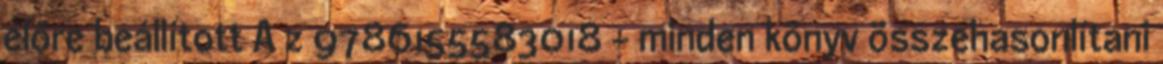
előre beállított A z 9786155583018 - minden könyv összehasonlítani